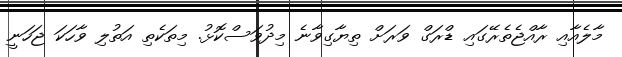
މާލެއާއި ރާއްޖެތެރޭގައި ޑްރަގް ވަރަށް ތިޔާގިވާނެ މިދުވަސްކޮޅު. މިތަކެތި އަތުލި ވާހަކަ ޖަހަނީ